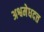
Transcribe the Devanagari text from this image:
अश्वमेधदत्त